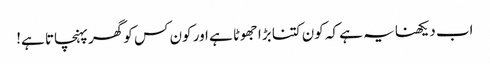
اب دیکھنا یہ ہے کہ کون کتنا بڑا جھوٹا ہے اور کون کس کو گھر پہنچاتا ہے!